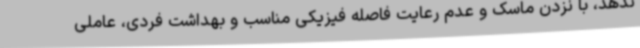
ندهد، با نزدن ماسک و عدم رعایت فاصله فیزیکی مناسب و بهداشت فردی، عاملی